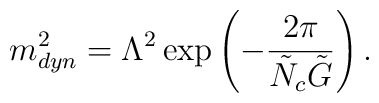
m_{dyn}^2=\Lambda^2\exp\left(-\frac{2\pi}{\tilde{N}_c\tilde{G}}\right).